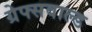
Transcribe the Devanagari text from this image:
ग्रेफ्सवाल्ड